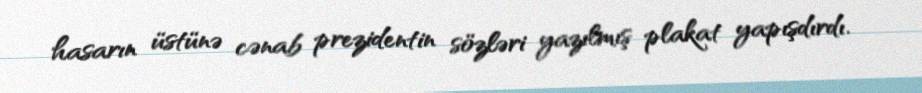
hasarın üstünə cənab prezidentin sözləri yazılmış plakat yapışdırdı.